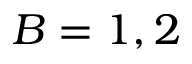
B = 1 , 2